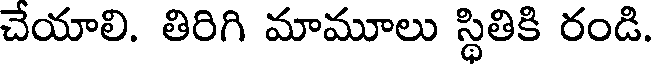
చేయాలి. తిరిగి మామూలు స్థితికి రండి.